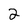
Character: 2